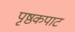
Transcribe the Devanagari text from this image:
पृष्ठकपाट